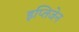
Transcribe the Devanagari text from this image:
इप्तिजेन